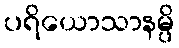
ပရိယောသာနမ္ပိ